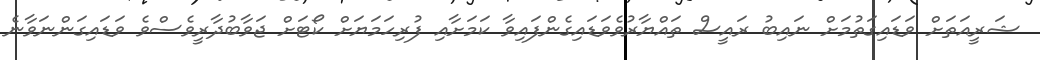
ޝަރީއަތަށް ވަޑައިގަތުމަށް ނައިބު ރައީސް ތައްޔާރުވެވަޑައިގެންފައިވާ ކަމަށާއި ފުރިހަމަޔަށް ކޯޓަށް ޖަވާބުދާރީވެސްވެ ވަޑައިގަންނަވާނެ